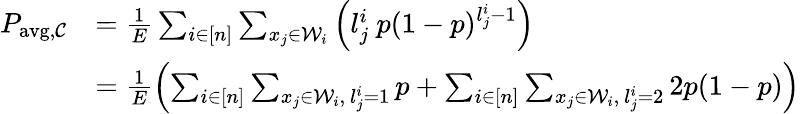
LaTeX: \begin{array}{rl}{P_{\mathrm{avg},\mathcal{C}}}&{=\frac{1}{E}\sum_{i\in[n]}\sum_{x_{j}\in\mathcal{W}_{i}}\left(l_{j}^{i}\ p(1-p)^{l_{j}^{i}-1}\right)}\\ &{=\frac{1}{E}\left(\sum_{i\in[n]}\sum_{x_{j}\in\mathcal{W}_{i},\ l_{j}^{i}=1}p+\sum_{i\in[n]}\sum_{x_{j}\in\mathcal{W}_{i},\ l_{j}^{i}=2}2p(1-p)\right)}\end{array}